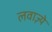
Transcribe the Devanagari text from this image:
लवाज़्ये